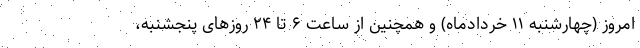
امروز (چهارشنبه ۱۱ خردادماه) و همچنین از ساعت ۶ تا ۲۴ روزهای پنجشنبه،